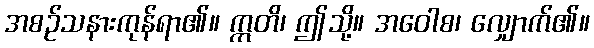
အစဉ်သနားကုန်ရာ၏။ ဣတိ၊ ဤသို့။ အဝေါစ၊ လျှောက်၏။